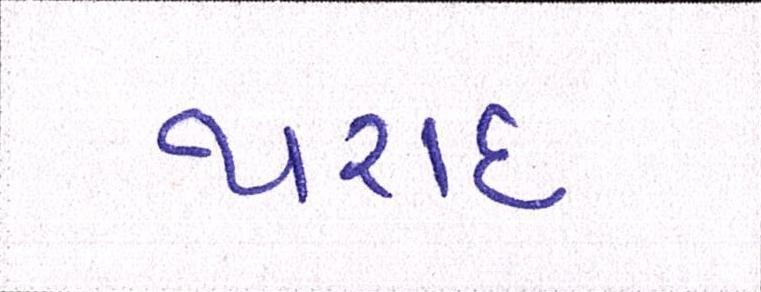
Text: થરાદ